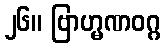
၂၆။ ဗြာဟ္မဏဝဂ္ဂ